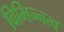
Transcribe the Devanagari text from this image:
विभिन्नत्व